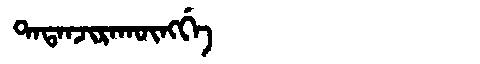
Manchu: ᡨᠠᡨᠠᠨᠵᡳᡵᠠᡴᡡᠩᡤᡝ
Romanization: TATANJIRAKŪNGGE